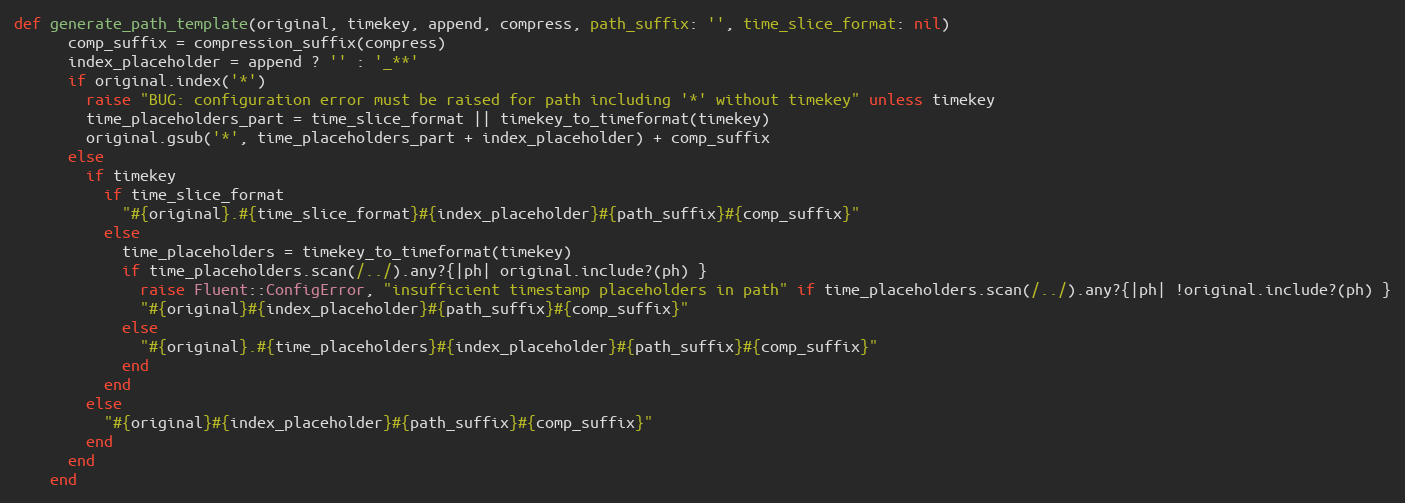
Language: Ruby
def generate_path_template(original, timekey, append, compress, path_suffix: '', time_slice_format: nil)
      comp_suffix = compression_suffix(compress)
      index_placeholder = append ? '' : '_**'
      if original.index('*')
        raise "BUG: configuration error must be raised for path including '*' without timekey" unless timekey
        time_placeholders_part = time_slice_format || timekey_to_timeformat(timekey)
        original.gsub('*', time_placeholders_part + index_placeholder) + comp_suffix
      else
        if timekey
          if time_slice_format
            "#{original}.#{time_slice_format}#{index_placeholder}#{path_suffix}#{comp_suffix}"
          else
            time_placeholders = timekey_to_timeformat(timekey)
            if time_placeholders.scan(/../).any?{|ph| original.include?(ph) }
              raise Fluent::ConfigError, "insufficient timestamp placeholders in path" if time_placeholders.scan(/../).any?{|ph| !original.include?(ph) }
              "#{original}#{index_placeholder}#{path_suffix}#{comp_suffix}"
            else
              "#{original}.#{time_placeholders}#{index_placeholder}#{path_suffix}#{comp_suffix}"
            end
          end
        else
          "#{original}#{index_placeholder}#{path_suffix}#{comp_suffix}"
        end
      end
    end